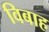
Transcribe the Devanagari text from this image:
विबाह